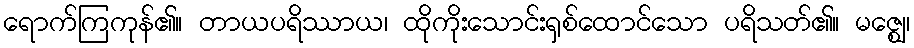
ရောက်ကြကုန်၏။ တာယပရိဿာယ၊ ထိုကိုးသောင်းရှစ်ထောင်သော ပရိသတ်၏။ မဇ္ဈေ၊